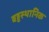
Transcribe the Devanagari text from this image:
बहुस्थानिक